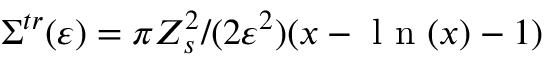
\Sigma ^ { t r } ( \varepsilon ) = \pi Z _ { s } ^ { 2 } / ( 2 \varepsilon ^ { 2 } ) ( x - \mathrm { ~ l ~ n ~ } ( x ) - 1 )